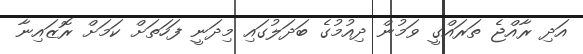
އަދި ރާއްޖެ ތަރައްގީ ވަމުން ދިއުމުގެ ބަދަލުގައި މިދަނީ ފަހަތަށް ކަމަށް ރޮޒައިނާ